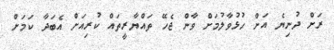
ރަށް ދުނިޔެ އަށް ހުޅުވާލުމަށް ވާން ޖެހޭ ތައްޔާރީތައް ކުރިއަށް އެބަދާ ކަމަށް